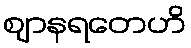
ဈာနရတေဟိ